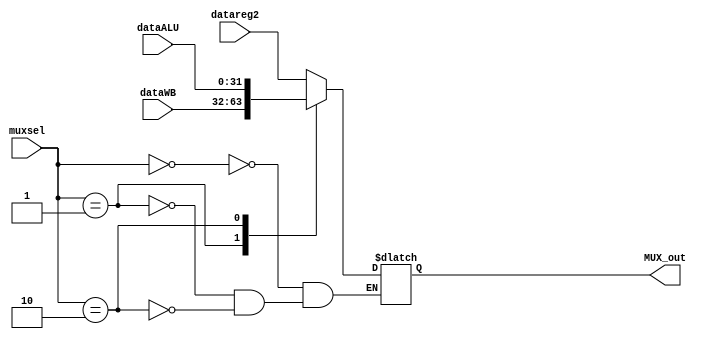
module mux4_2 #(parameter datawidth = 32)(
input [1:0] muxsel,
input [datawidth - 1 : 0] datareg2,
input [datawidth - 1 : 0] dataALU,
input [datawidth - 1 : 0] dataWB,
output [datawidth - 1 : 0] MUX_out );
reg [31:0] mux_temp;
always@(muxsel or datareg2 or dataWB or dataALU)
begin
case(muxsel)
2'b00: mux_temp <= datareg2;
2'b01: mux_temp <= dataWB;
2'b10:  mux_temp <= dataALU;
endcase
end
assign MUX_out = mux_temp;
endmodule